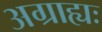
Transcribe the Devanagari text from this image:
अग्राह्यः